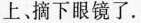
上摘下眼镜了.